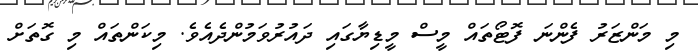
މި މަންޒަރު ފެންނަ ފޮޓޯތައް މީސް މީޑިޔާގައި ދައުރުވަމުންދެއެވެ. މިކަންތައް މި ގޮތަށް